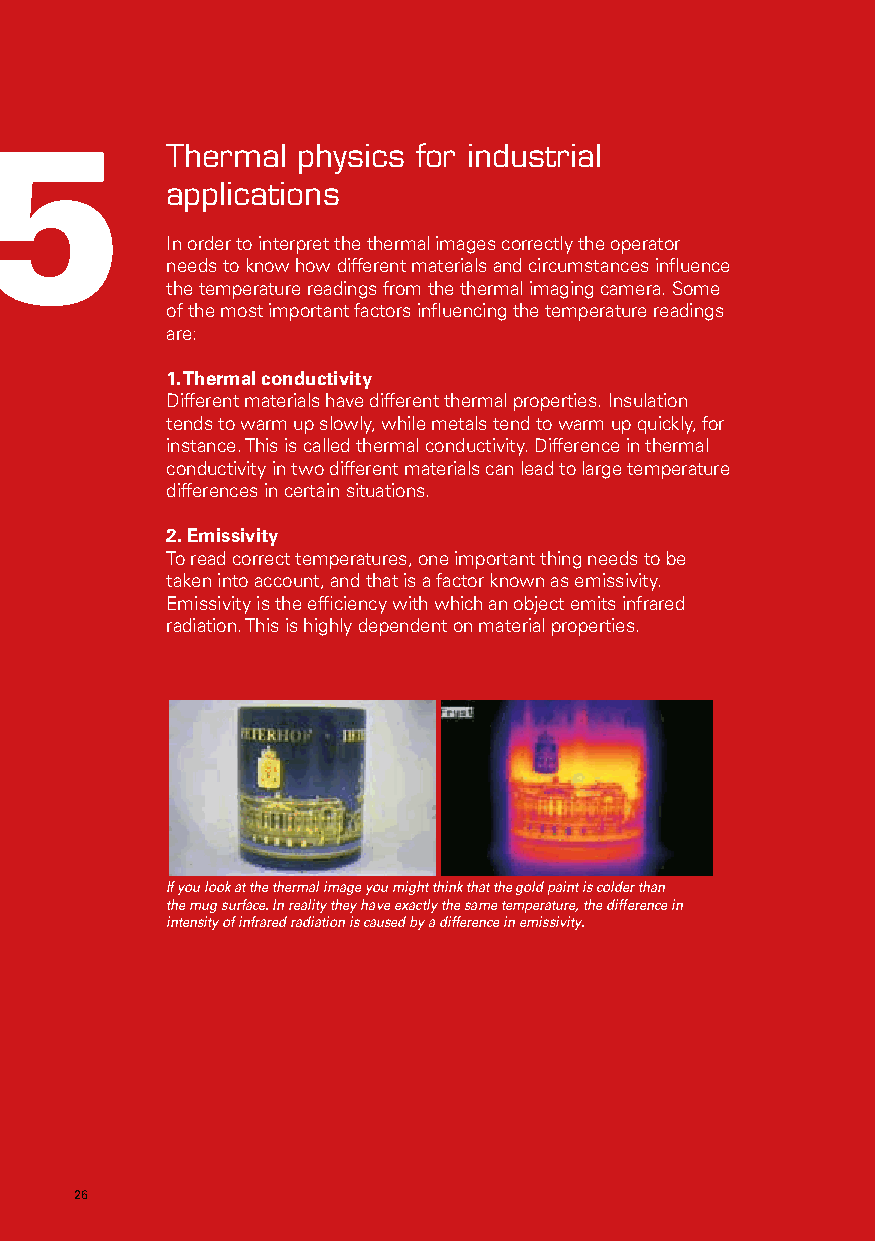
5          Thermal  physics for industrial
 applications
 In order to interpret the thermal images correctly the operator
 needs to know how different materials and circumstances influence
 the temperature readings from the thermal imaging camera. Some
 of the most important factors influencing the temperature readings
 are:
 1. Thermal conductivity
 Different materials have different thermal properties. Insulation
 tends to warm up slowly, while metals tend to warm up quickly, for
 instance. This is called thermal conductivity. Difference in thermal
 conductivity in two different materials can lead to large temperature
 differences in certain situations.
 2. Emissivity
 To read correct temperatures, one important thing needs to be
 taken into account, and that is a factor known as emissivity.
 Emissivity is the efficiency with which an object emits infrared
 radiation. This is highly dependent on material properties.
 If you look at the thermal image you might think that the gold paint is colder than
 the mug surface. In reality they have exactly the same temperature, the difference in
 intensity of infrared radiation is caused by a difference in emissivity.
 26